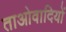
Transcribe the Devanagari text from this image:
ताओवादियों